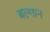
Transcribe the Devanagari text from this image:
बल्गान